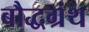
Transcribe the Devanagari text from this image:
बौद्धग्रंथ